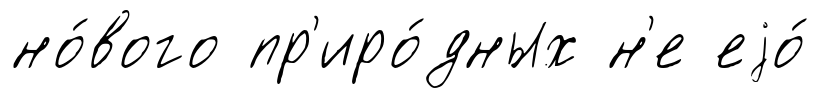
но́вого пр'иро́дных н'е еjо́